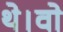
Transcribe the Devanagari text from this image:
थे।वो